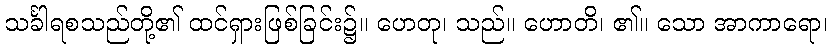
သင်္ခါရစသည်တို့၏ ထင်ရှားဖြစ်ခြင်း၌။ ဟေတု၊ သည်။ ဟောတိ၊ ၏။ သော အာကာရော၊